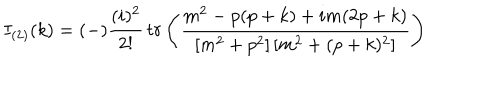
I _ { ( 2 ) } ( k ) = ( - ) \frac { ( i ) ^ { 2 } } { 2 ! } \, t r \left( { \frac { m ^ { 2 } - p ( p + k ) + i m ( 2 p + k ) } { [ m ^ { 2 } + p ^ { 2 } ] \, [ m ^ { 2 } + ( p + k ) ^ { 2 } ] } } \right)